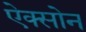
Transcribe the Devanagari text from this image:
ऐक्सोन